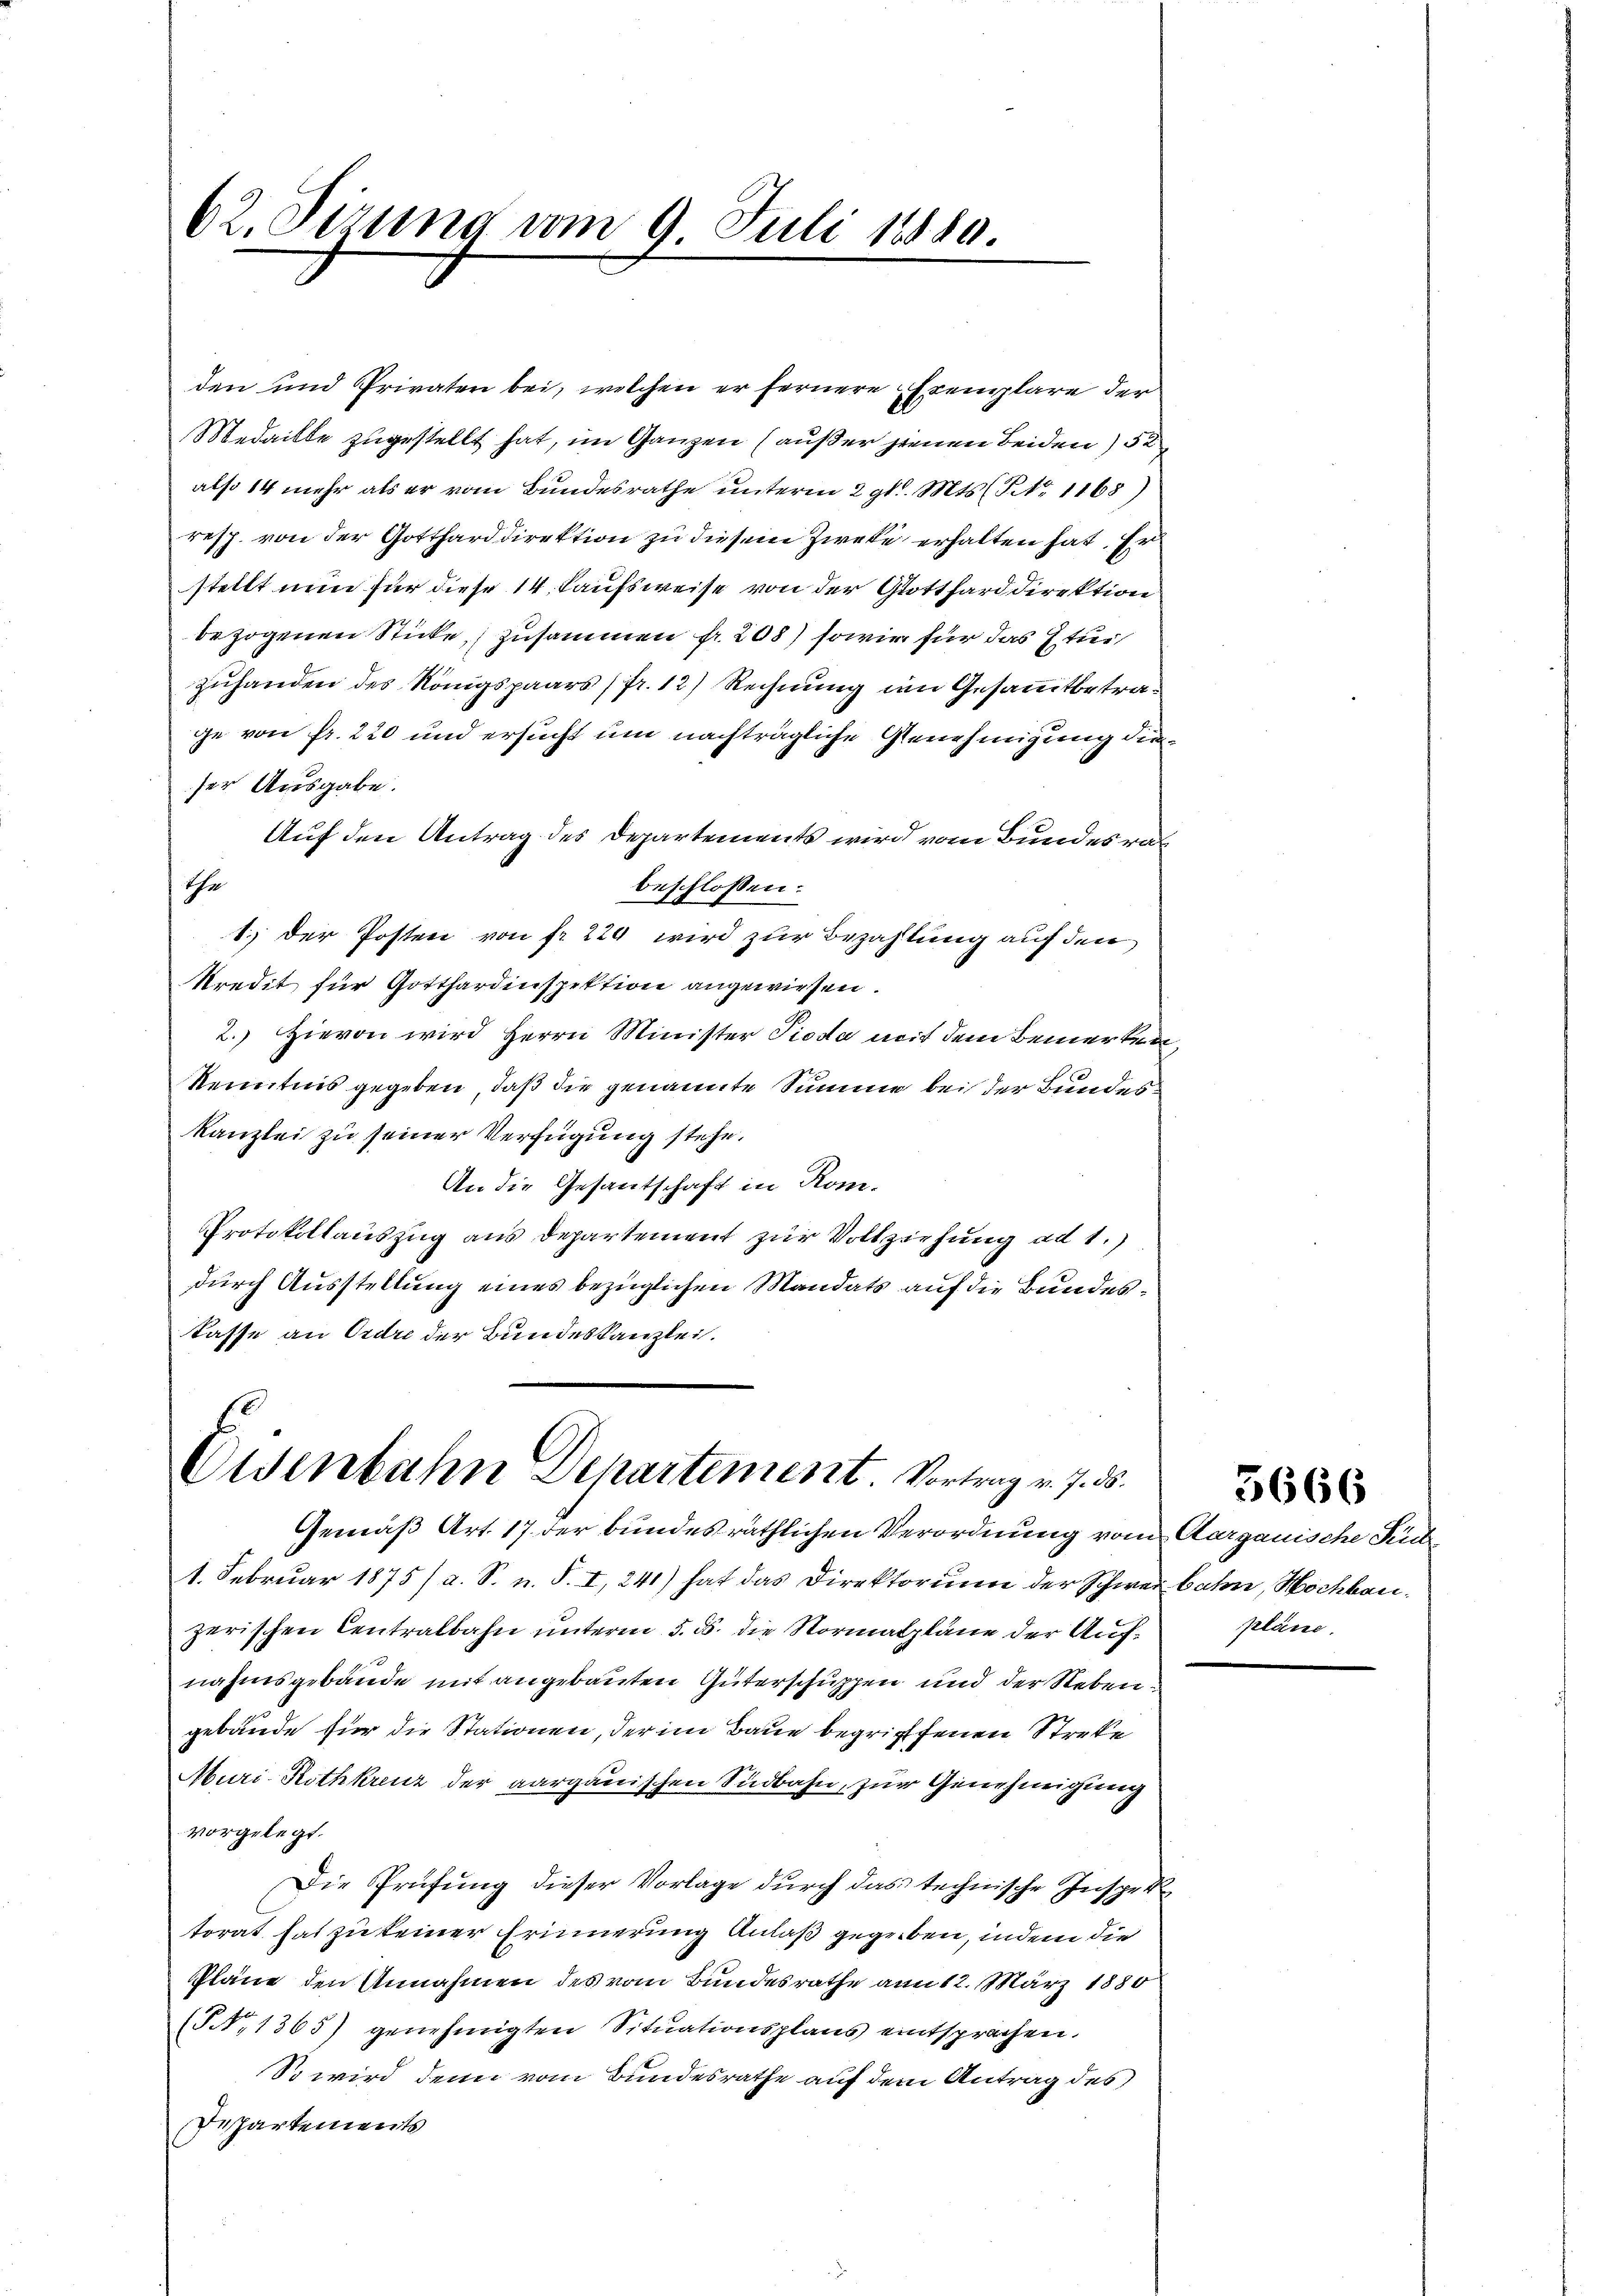
62. Sirung vom 9. Juli 18880.

den und Privaten bei, welchen er fernere Exemplare der
Medaille zugestellt hat, im Ganzen (außer seinen Beiden) 52
also 14 mehr als er vom Bundesrathe unterm 2 gl. Mts. (Nr. 1168)
resp. von der Gottharddirektion zu diesem Zweke erhalten hat. Er
stellt nun für diese 14 Kaufsweise von der Gotthard direktion
bezogenen Sticke, zusammen fr. 208) sowie für das Etuizuhanden des Königspaars (fr. 12) Rechnung im Gesammtbetrage von Fr. 220 und ersucht um nachträgliche Genehmigung dieser Ausgabe.
Auf den Antrag des Departements wird vom Bundesrat
The
beschlossen:
1.) Der Posten von fr. 229 wird zur Bezahlung auf den
kredit für Gotthardinspektion angewiesen.
2.) Hievon wird Herrn Minister Pioda mit dem Bemerken,
Kenntnis gegeben, daß die genannte Summe bei der Bundes¬
Kanzlei zu seiner Verfügung stehe.
An die Gesantschaft in Kom-
Protokollauszug aus Departement zur Vollziehung ad 1.)
durch Ausstellung eines bezüglichen Mandats auf die Bundeskasse an Ordre der Bundeskanzlei.

Eisenbahn Departement. Vortrag v. 7. ds.
Gemäß Art. 17 der bundesräthlichen Verordnung vom Aargauische Rück

1. Februar 1875/ a. S. u. S. I, 241) hat das Direktorium der Schwer bahn, Hochbauzerischen Centralbahn unterm 5. ds. die Normalpläne der Aufnahmsgebäude mit angebauten Güterschuppen und der Rebengebäude für die Stationen, der im Baue begriffenen Streke
Muri-Rothkreuz der aargauischen Südbahn, zur Genehmigung
vorgelegt.
Die Prüfung dieser Vorlage durch das technische Inspertorat hat zu keiner Erinnerung Anlaß gegeben, indem die
Pläne den Annahmen des vom Bundesrathe am 12. März 1880
(NNo. 1365) genehmigten Situationsplans entsprochen.
So wird denn vom Bundesrathe auf dem Antrag des
Departements

pläne.

3666